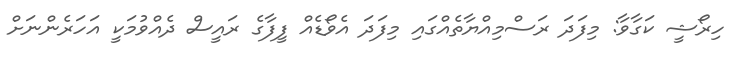
ހިރޯޝީ ކަގާވާ: މިފަދަ ރަސްމިއްޔާތެއްގައި މިފަދަ އެވޯޑެއް ފީފާގެ ރައީސް ދެއްވުމަކީ އަހަރެންނަށް